Indian journal of veterinary science and animal husbandry - Volume 6,
Year: 1936
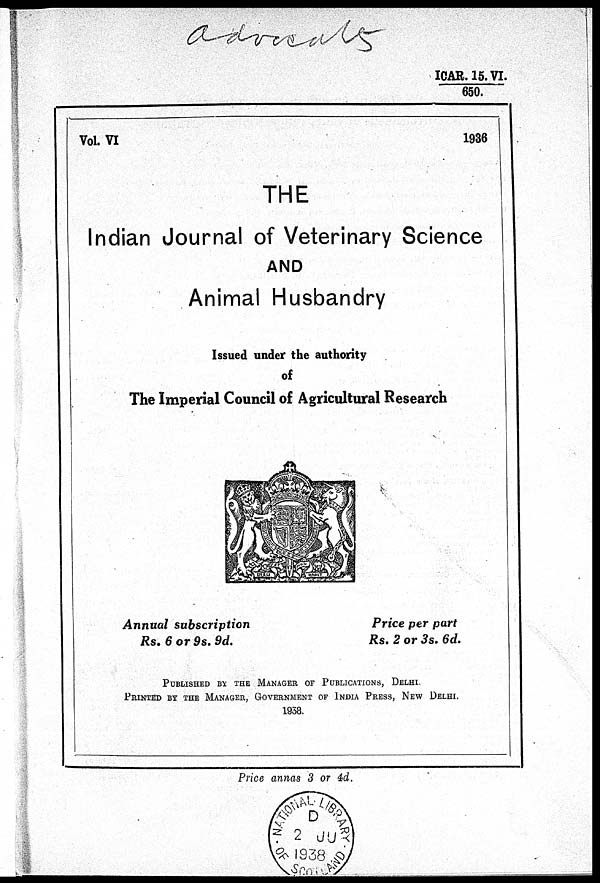
ICAR. 15. VI. / 650.
Vol. VI
1936
THE
Indian Journal of Veterinary Science
AND
Animal Husbandry
Issued under the authority
of
The Imperial Council of Agricultural Research
Annual subscription
Rs. 6 or 9s. 9d.
Price per part
Rs. 2 or 3s. 6d.
PUBLISHED BY THE MANAGER OF PUBLICATIONS, DELHI
PRINTED BY THE MANAGER, GOVERNMENT OF INDIA PRESS, NEW DELHI.
1938.
Price annas 3 or 4d.